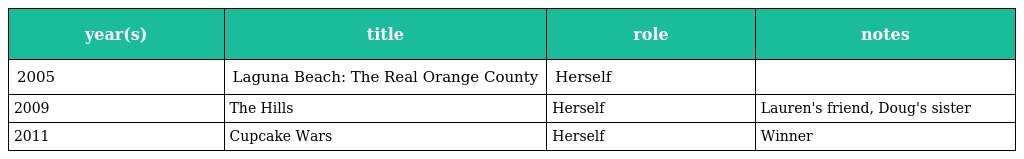
| year(s) | title | role | notes |
 | --- | --- | --- | --- |
 | 2005 | Laguna Beach: The Real Orange County | Herself |  |
 | 2009 | The Hills | Herself | Lauren's friend, Doug's sister |
 | 2011 | Cupcake Wars | Herself | Winner |